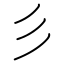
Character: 彡